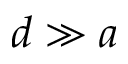
d \gg a